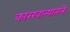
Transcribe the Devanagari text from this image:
कारखान्यातले